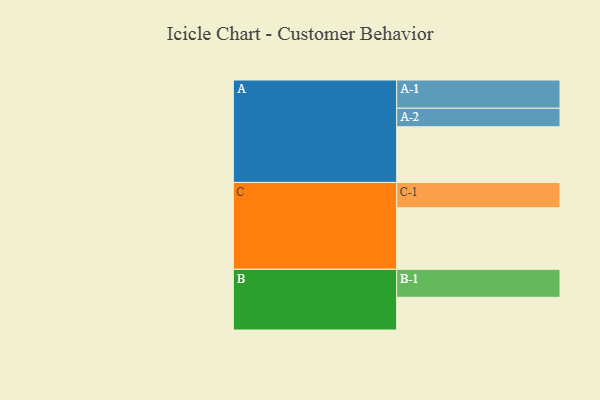
{"axis": {"x": "Segment", "y": "Value"}, "legend": ["", "A", "B", "C"], "data": [{"x": "A", "y": 519, "type": ""}, {"x": "B", "y": 305, "type": ""}, {"x": "C", "y": 573, "type": ""}, {"x": "A-1", "y": 263, "type": "A"}, {"x": "A-2", "y": 173, "type": "A"}, {"x": "B-1", "y": 261, "type": "B"}, {"x": "C-1", "y": 237, "type": "C"}]}